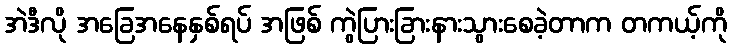
အဲဒီလို အခြေအနေနှစ်ရပ် အဖြစ် ကွဲပြားခြားနားသွားစေခဲ့တာက တကယ့်ကို